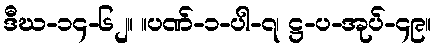
ဒီဃ-၁၄-၆၂။ ။ပဏ်-၁-ပါ-၇၊ ဋ္ဌ-ပ-အုပ်-၄၉။